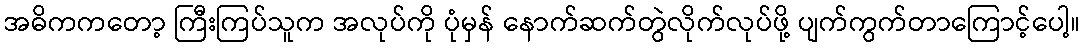
အဓိကကတော့ ကြီးကြပ်သူက အလုပ်ကို ပုံမှန် နောက်ဆက်တွဲလိုက်လုပ်ဖို့ ပျက်ကွက်တာကြောင့်ပေါ့။